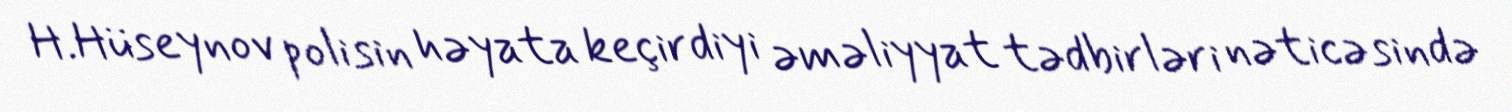
H.Hüseynov polisin həyata keçirdiyi əməliyyat tədbirləri nəticəsində